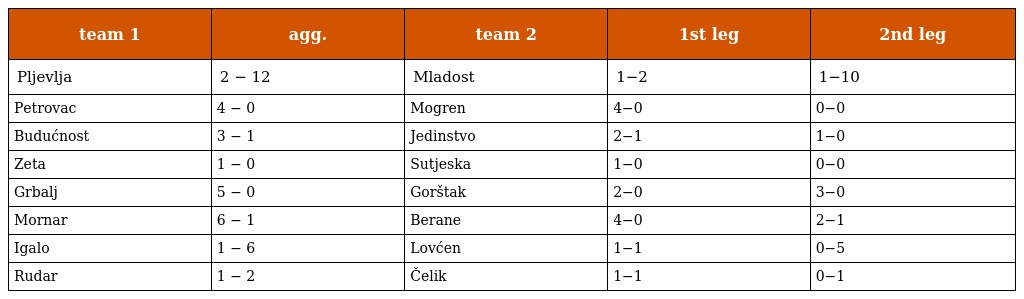
| team 1 | agg. | team 2 | 1st leg | 2nd leg |
 | --- | --- | --- | --- | --- |
 | Pljevlja | 2 − 12 | Mladost | 1−2 | 1−10 |
 | Petrovac | 4 − 0 | Mogren | 4−0 | 0−0 |
 | Budućnost | 3 − 1 | Jedinstvo | 2−1 | 1−0 |
 | Zeta | 1 − 0 | Sutjeska | 1−0 | 0−0 |
 | Grbalj | 5 − 0 | Gorštak | 2−0 | 3−0 |
 | Mornar | 6 − 1 | Berane | 4−0 | 2−1 |
 | Igalo | 1 − 6 | Lovćen | 1−1 | 0−5 |
 | Rudar | 1 − 2 | Čelik | 1−1 | 0−1 |